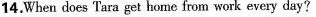
14.When does Tara get home from work every day?